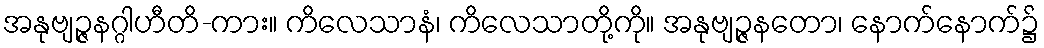
အနုဗျဉ္ဇနဂ္ဂါဟီတိ-ကား။ ကိလေသာနံ၊ ကိလေသာတို့ကို။ အနုဗျဉ္ဇနတော၊ နောက်နောက်၌